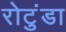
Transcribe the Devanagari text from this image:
रोटुंडा